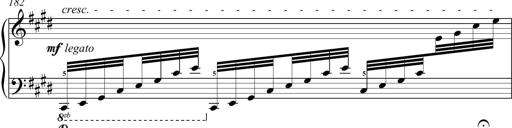
Title: Funeral March and Sonatina
Composer: Thomas Hellemans
Key: C-sharp minor